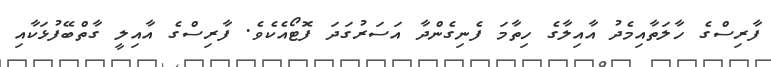
ފާރިސްގެ ހާލަތާއިމެދު އާއިލާގެ ހިތާމަ ފެނިގެންދާ އަސަރުގަދަ ފޮޓޯއެކެވެ. ފާރިސްގެ އާއިލީ ގާތްބޭފުޅަކާއި